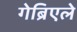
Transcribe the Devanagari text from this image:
गेब्रिएले